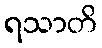
ရသာတိ